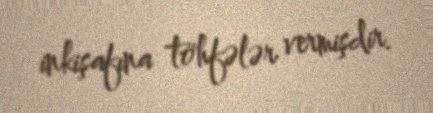
inkişafına töhfələr vermişdir.